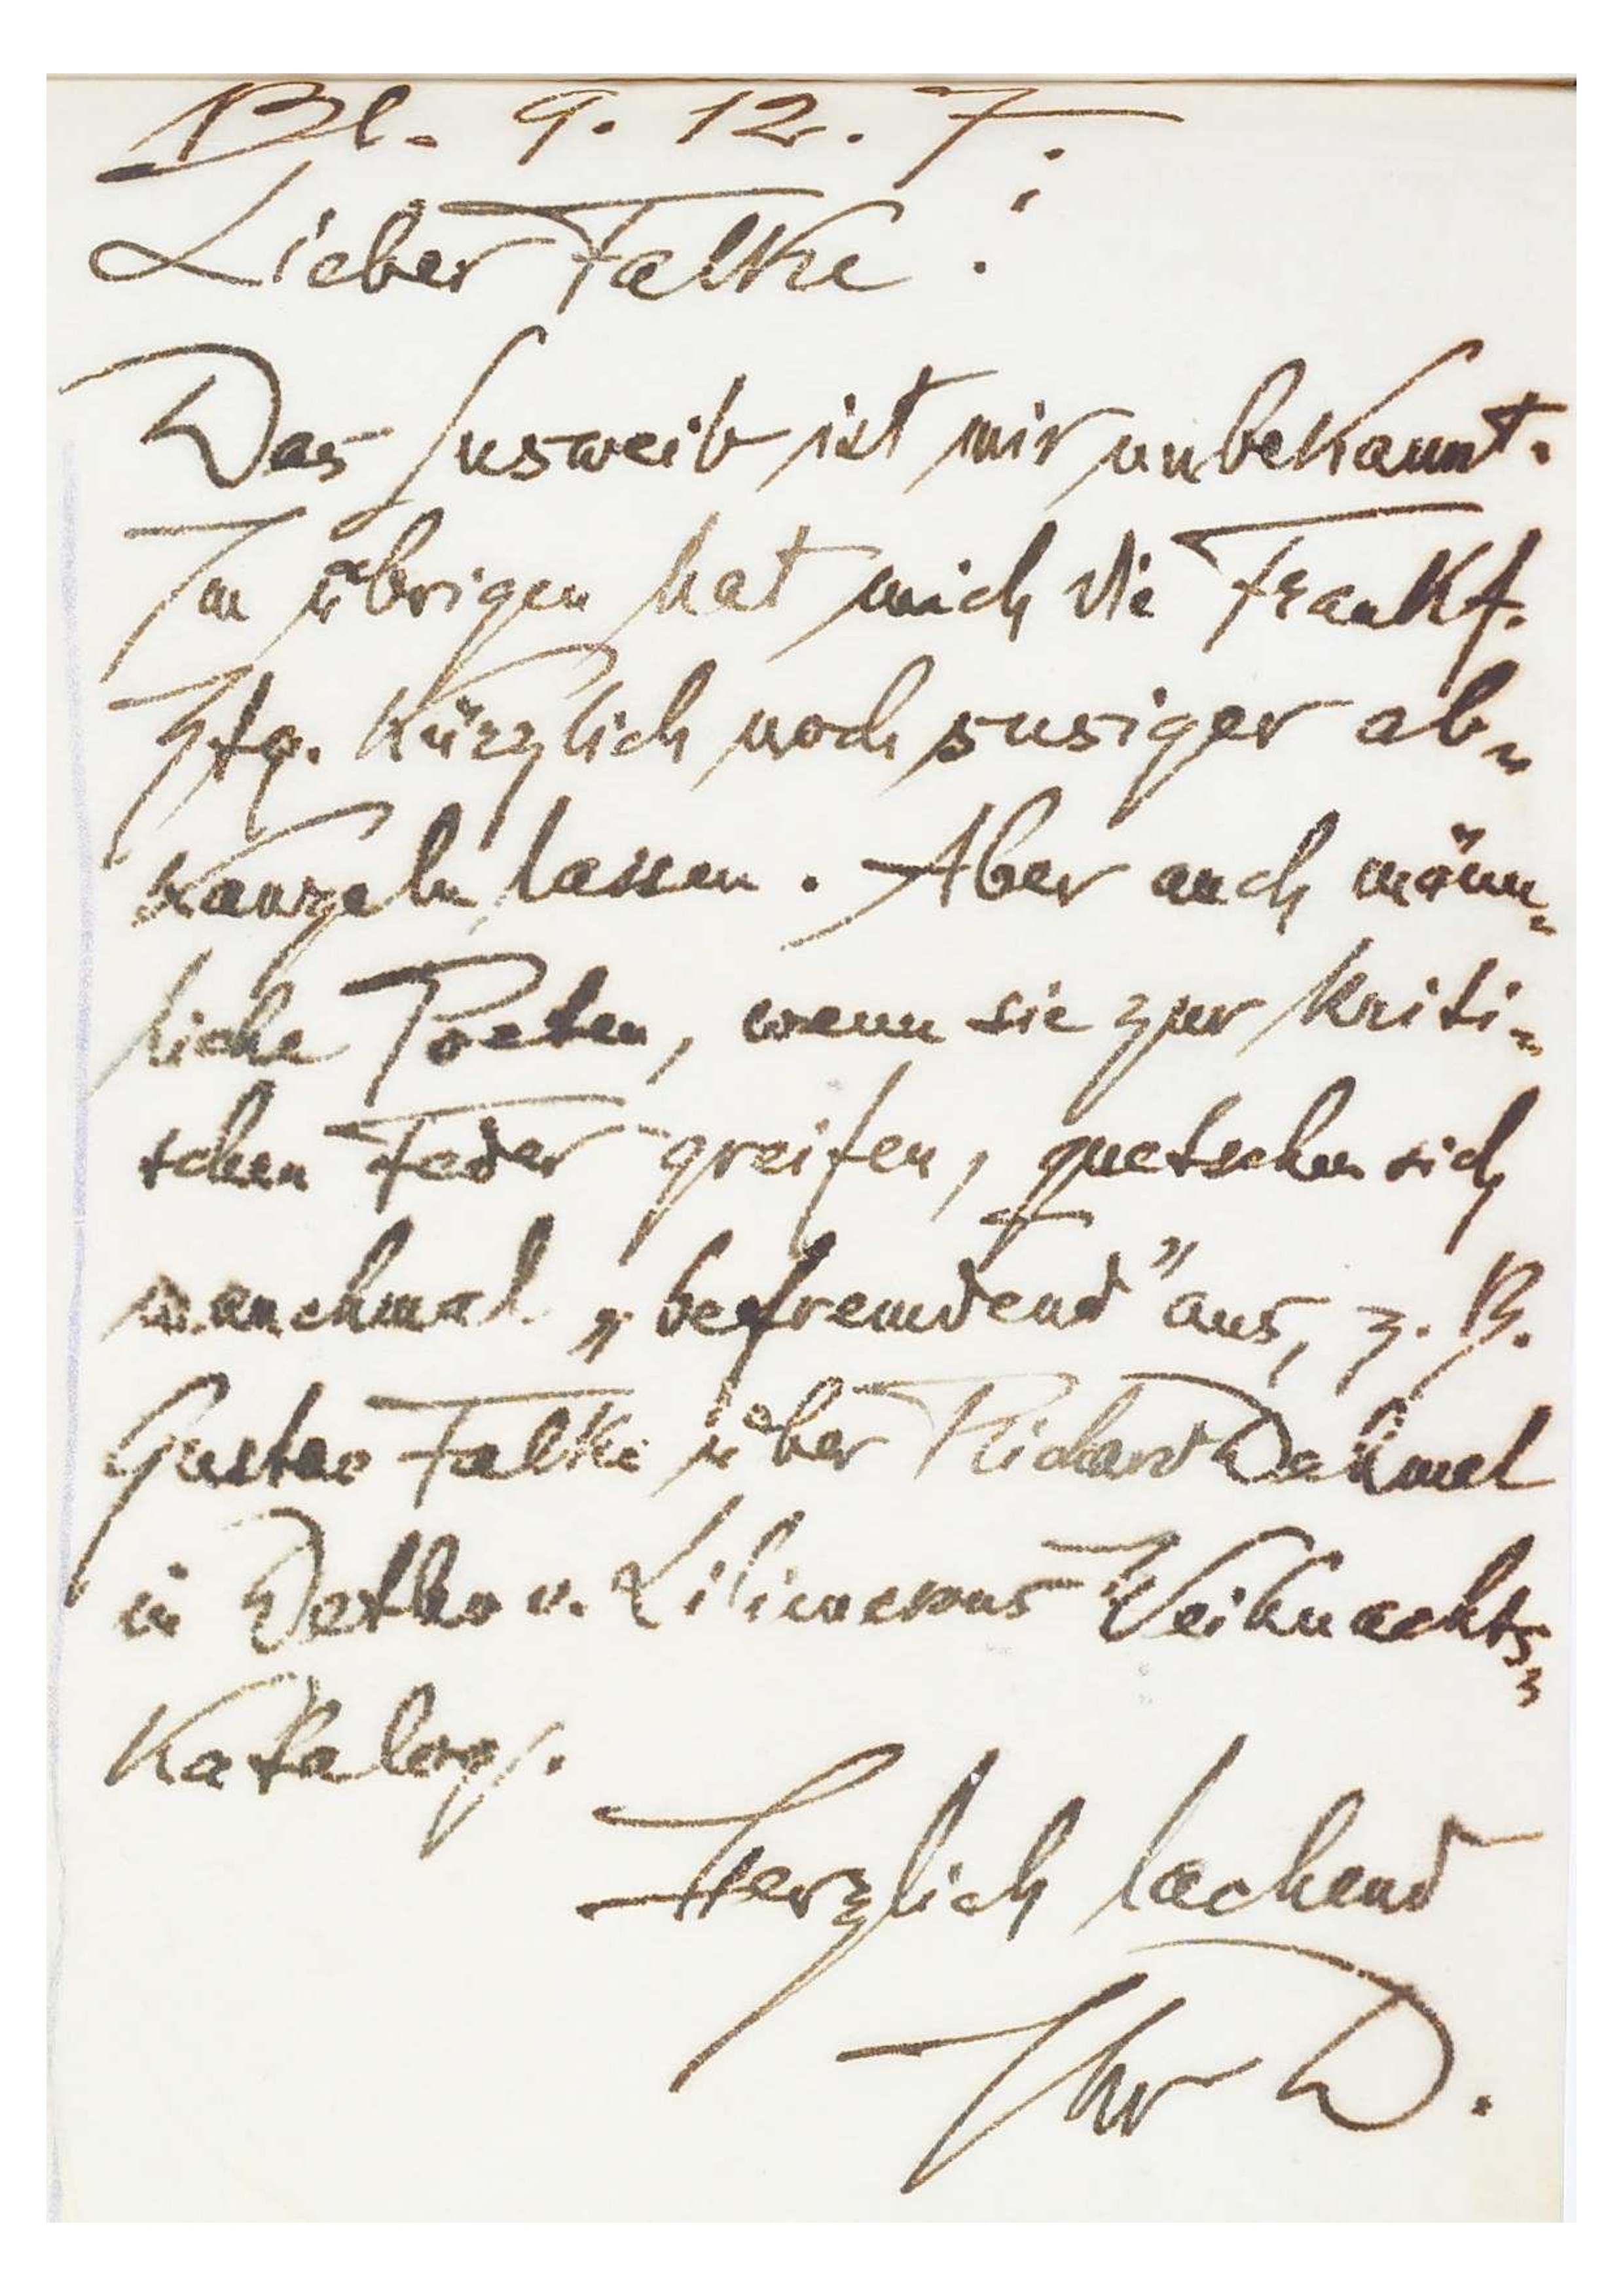
Bl. 9.12.7
Lieber Falke!
Das Lusweib ist mir unbekannt.
Im übrigen hat mich die Frankft.
Ztg. kürzlich noch susiger ab-
kanzeln lassen. Aber auch männ-
liche Poeten, wenn sie zur kriti-
schen Feder greifen, quetschen sich
manchmal „befremdend‟ aus, z.B.
Gustav Falke über Richard Dehmel
in Detlev v. Liliencrons Weihnachts-
katalog.
Herzlich lachend
Ihr D.